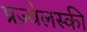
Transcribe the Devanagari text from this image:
प्रज़्वेलस्की